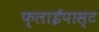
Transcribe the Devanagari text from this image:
फ्लाईपास्ट